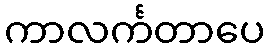
ကာလင်္ကတာပေ